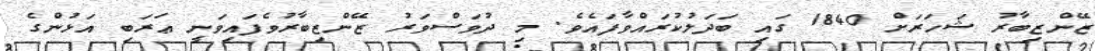
ޒޭންޒިބާރު ޝަހަރަށް 1840 ގައި ބަދަލުކުރައްވާފައެވެ. މި ދުވަސްވަރު ޒޭންޒިބާރުވެފައިވަނީ ޢަރަބި އަޅުންގެ